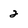
Character: 2